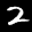
Label: 2